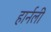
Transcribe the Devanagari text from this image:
हार्नली